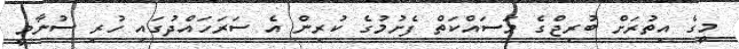
މީގެ އިތުރަށް ބުރިޖްގެ މަސައްކަތް ފެށުމުގެ ކުރިން އެ ސަރަހައްދުގައި ހުރި ސުނާމީ